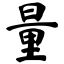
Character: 量